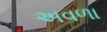
અવળા